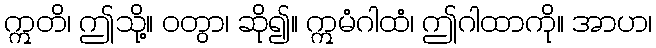
ဣတိ၊ ဤသို့။ ဝတွာ၊ ဆို၍။ ဣမံဂါထံ၊ ဤဂါထာကို။ အာဟ၊